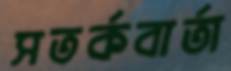
সতর্কবার্তা